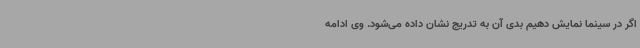
اگر در سینما نمایش دهیم بدی آن به تدریج نشان داده می‌شود. وی ادامه